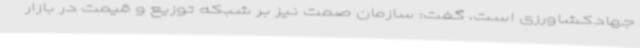
جهادکشاورزی است، گفت: سازمان صمت نیز بر شبکه توزیع و قیمت در بازار